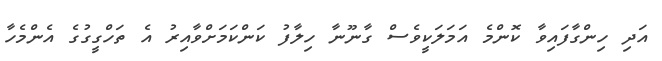
އަދި ހިންގާފައިވާ ކޮންމެ އަމަލަކީވެސް ގާނޫނާ ހިލާފު ކަންކަމަށްވާއިރު އެ ތަހްގީގުގެ އެންމެހާ